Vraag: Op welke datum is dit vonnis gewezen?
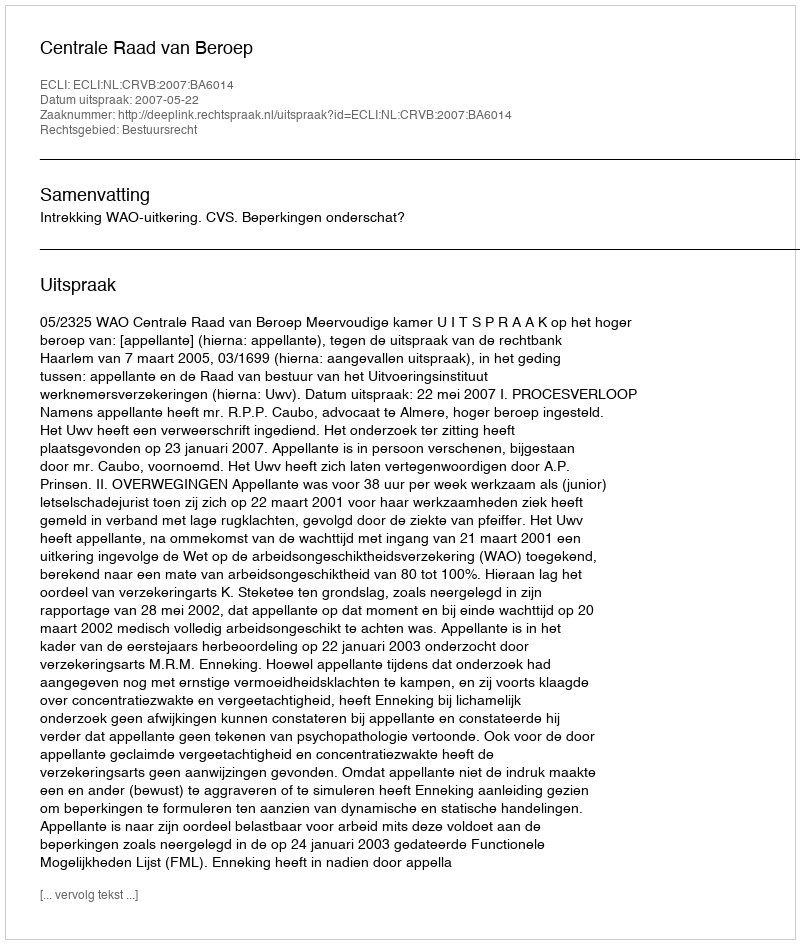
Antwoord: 2007-05-22